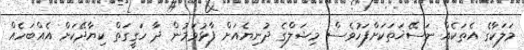
މަލަކާގެ އެތަކެއް ނަސޭޚަތަކަށްފަހުވެސް މިޝަލްގެ ދުނިޔެއަށް ފާޅުވަމުން ދާ ހަގީގަތް ކިޔާދޭކަށް އެއްބަހެއް